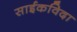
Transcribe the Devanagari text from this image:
साईकविदा